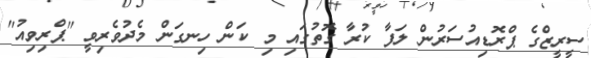
ސީރީޒްގެ ޕްރޮޑިއުސަރުން ލަފާ ކުރާ ގޮތުގައި މި ކަން ހިނގަން މެދުވެރިވީ "ޕްރިވިއު"